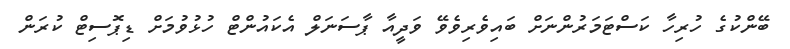
ބޭންކުގެ ހުރިހާ ކަސްޓަމަރުންނަށް ބައިވެރިވެވޭ ވަދީއާ ޕާސަނަލް އެކައުންޓް ހުޅުވުމަށް ޑިޕޮސިޓް ކުރަން